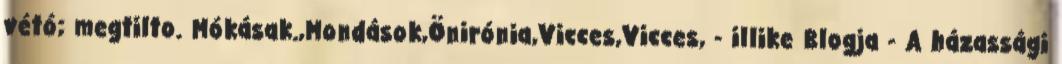
vétó; megtilto. Mókásak.,Mondások,Önirónia,Vicces,Vicces, - illike Blogja - A házassági